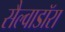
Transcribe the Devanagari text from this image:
सैल्वाडॉरा